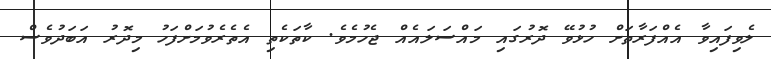
ލެވިފައިވާ އެއްފަރާތަށް ހުޅުވޭ ދޮރުގައި މައްސަލައެއް ޖެހުމެވެ. ކާތަކެތި އެތެރެވުމަށްފަހު މިދޮރު އަބަދުވެސް